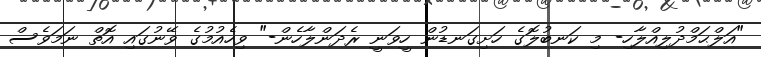
"އަލްޙަމްދުލިއްލާހި- މި ކަނބުލޮގެ ހަށިގަނޑުން ހީވަނީ ރެދަންލާހެން-" ވިހެއުމުގެ ވޭނުގައި އޮތް ނަމަވެސް